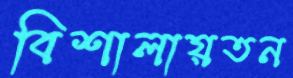
বিশালায়তন